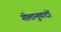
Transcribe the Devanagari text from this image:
गीतानुवादों